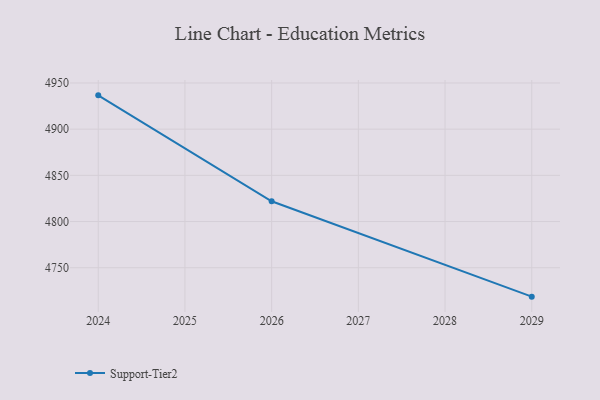
{"axis": {"x": "Year", "y": "Conversion Rate (%)"}, "legend": ["Support-Tier2"], "data": [{"x": "2029", "y": 4718.7, "type": "Support-Tier2"}, {"x": "2026", "y": 4821.9, "type": "Support-Tier2"}, {"x": "2024", "y": 4936.6, "type": "Support-Tier2"}]}